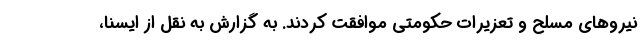
نیروهای مسلح و تعزیرات حکومتی موافقت کردند. به گزارش به نقل از ایسنا،